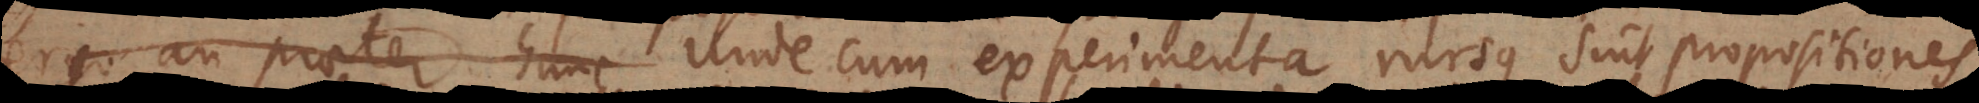
ergo an praeter hunc Unde cum experimenta rursus sint propositiones